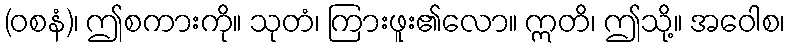
(ဝစနံ)၊ ဤစကားကို။ သုတံ၊ ကြားဖူး၏လော။ ဣတိ၊ ဤသို့။ အဝေါစ၊